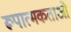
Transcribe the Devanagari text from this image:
रूपात्मकताओं